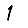
Digit: 1